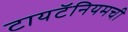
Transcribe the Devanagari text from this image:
टायटॅनियमची